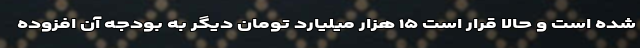
شده است و حالا قرار است ۱۵ هزار میلیارد تومان دیگر به بودجه آن افزوده